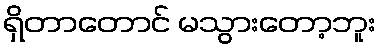
ရှိတာတောင် မသွားတော့ဘူး